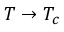
T \to T _ { c }